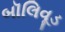
બૉલિવૂડ